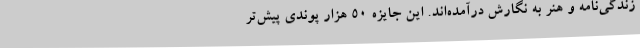
زندگی‌نامه و هنر به نگارش درآمده‌اند. این جایزه 50 هزار پوندی پیش‌تر